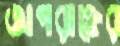
অপরাহ্নের